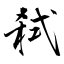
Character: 弒